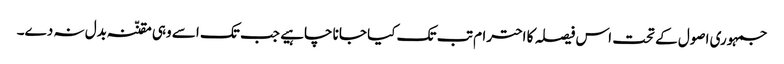
جمہوری اصول کے تحت اس فیصلہ کا احترام تب تک کیا جانا چاہیے جب تک اسے وہی مقنّنہ بدل نہ دے۔